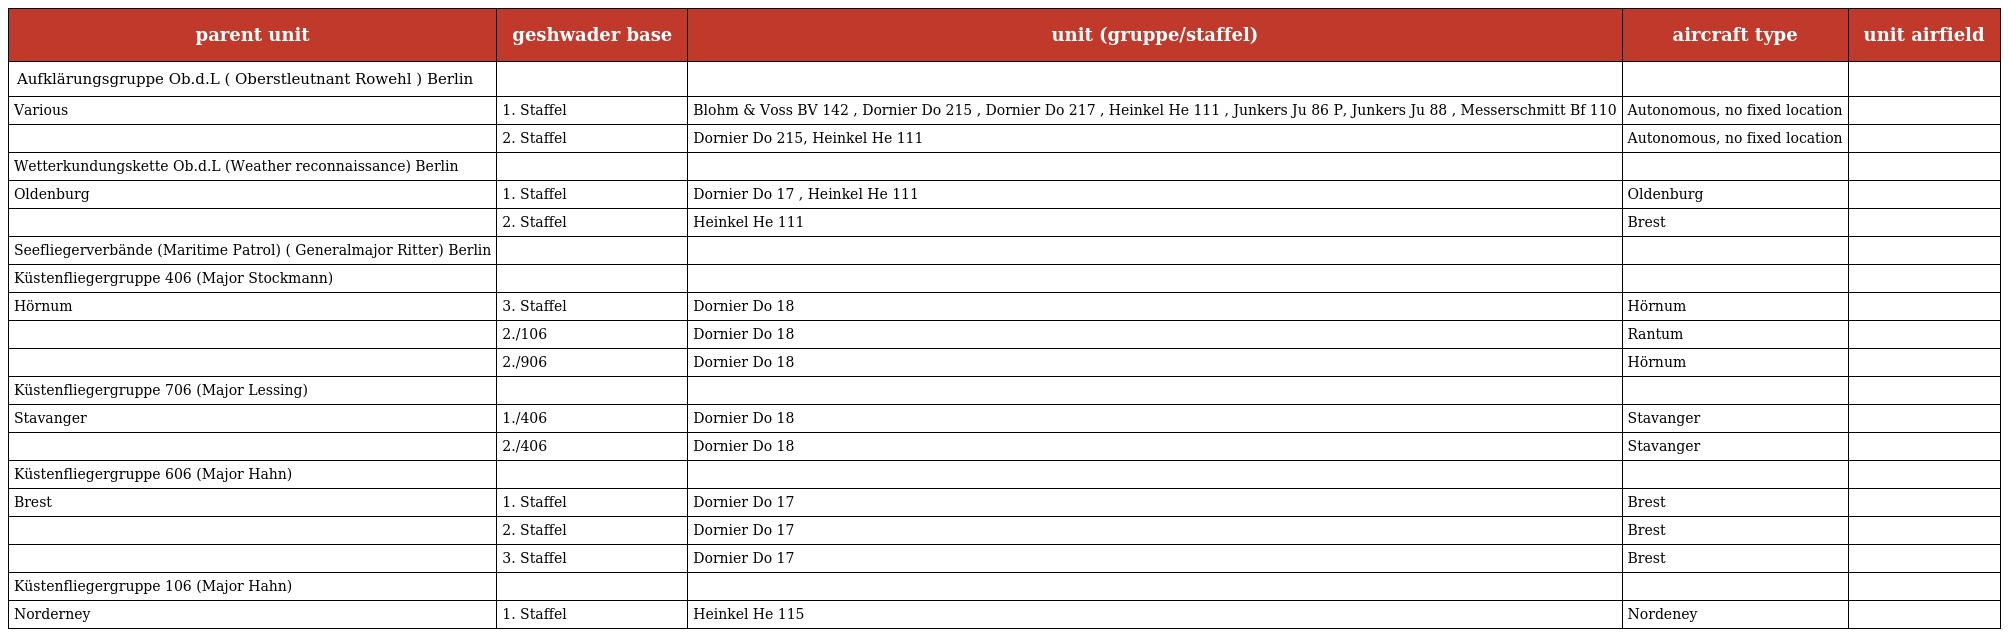
| parent unit | geshwader base | unit (gruppe/staffel) | aircraft type | unit airfield |
 | --- | --- | --- | --- | --- |
 | Aufklärungsgruppe Ob.d.L ( Oberstleutnant Rowehl ) Berlin |  |  |  |  |
 | Various | 1. Staffel | Blohm & Voss BV 142 , Dornier Do 215 , Dornier Do 217 , Heinkel He 111 , Junkers Ju 86 P, Junkers Ju 88 , Messerschmitt Bf 110 | Autonomous, no fixed location |  |
 |  | 2. Staffel | Dornier Do 215, Heinkel He 111 | Autonomous, no fixed location |  |
 | Wetterkundungskette Ob.d.L (Weather reconnaissance) Berlin |  |  |  |  |
 | Oldenburg | 1. Staffel | Dornier Do 17 , Heinkel He 111 | Oldenburg |  |
 |  | 2. Staffel | Heinkel He 111 | Brest |  |
 | Seefliegerverbände (Maritime Patrol) ( Generalmajor Ritter) Berlin |  |  |  |  |
 | Küstenfliegergruppe 406 (Major Stockmann) |  |  |  |  |
 | Hörnum | 3. Staffel | Dornier Do 18 | Hörnum |  |
 |  | 2./106 | Dornier Do 18 | Rantum |  |
 |  | 2./906 | Dornier Do 18 | Hörnum |  |
 | Küstenfliegergruppe 706 (Major Lessing) |  |  |  |  |
 | Stavanger | 1./406 | Dornier Do 18 | Stavanger |  |
 |  | 2./406 | Dornier Do 18 | Stavanger |  |
 | Küstenfliegergruppe 606 (Major Hahn) |  |  |  |  |
 | Brest | 1. Staffel | Dornier Do 17 | Brest |  |
 |  | 2. Staffel | Dornier Do 17 | Brest |  |
 |  | 3. Staffel | Dornier Do 17 | Brest |  |
 | Küstenfliegergruppe 106 (Major Hahn) |  |  |  |  |
 | Norderney | 1. Staffel | Heinkel He 115 | Nordeney |  |